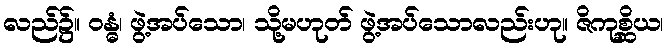
လည်၌။ ဝန္ဓံ၊ ဖွဲ့အပ်သော၊ သို့မဟုတ် ဖွဲ့အပ်သောလည်းဟု။ ဇိကုစ္ဆိယ၊